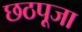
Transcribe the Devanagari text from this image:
छठपूजा